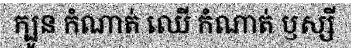
ក្បូន កំណាត់ ឈើ កំណាត់ ឫស្សី